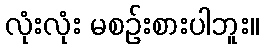
လုံးလုံး မစဉ်းစားပါဘူး။